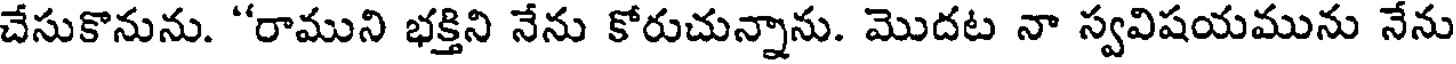
చేసుకొనును. "రాముని భక్తిని నేను కోరుచున్నాను. మొదట నా స్వవిషయమును నేను